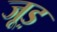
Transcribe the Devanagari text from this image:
जूड़